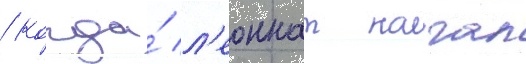
/ когда́ л'еоннат начал